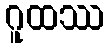
ဂူထဿ